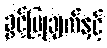
ခွင့်ပြုချက်နှင့်